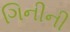
ગિનીની